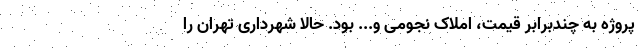
پروژه به چندبرابر قیمت، املاک نجومی و... بود. حالا شهرداری تهران را